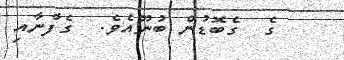
ގެ  ގެބޮޑުން ބުނޫއެވެ.  ގެފާނާއި